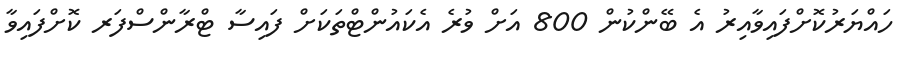
ހައްޔަރުކޮށްފައިވާއިރު އެ ބޭންކުން 800 އަށް ވުރެ އެކައުންޓްތަކަށް ފައިސާ ޓްރާންސްފަރ ކޮށްފައިވާ